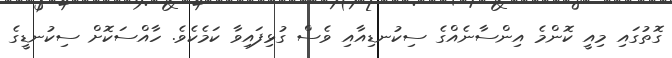
ގޮތުގައި މިއީ ކޮންމެ އިންސާނެއްގެ ސިކުނޑިއާއި ވެސް ގުޅިފައިވާ ކަމެކެވެ. ހާއްސަކޮށް ސިކުނޑީގެ